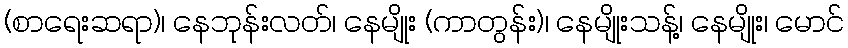
(စာရေးဆရာ)၊ နေဘုန်းလတ်၊ နေမျိုး (ကာတွန်း)၊ နေမျိုးသန့်၊ နေမျိုး၊ မောင်